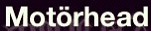
Motorhead